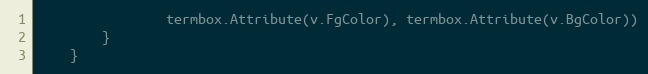
Language: Go
				termbox.Attribute(v.FgColor), termbox.Attribute(v.BgColor))
		}
	}